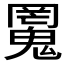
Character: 𱆜